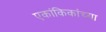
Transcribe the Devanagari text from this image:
एकांकिकांच्या